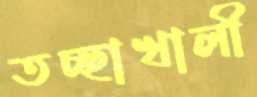
তচ্ছাখালী